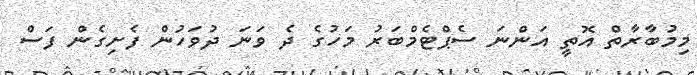
މިމުބާރާތް އޮތީ އަންނަ ސެޕްޓެމްބަރު މަހުގެ ދެ ވަނަ ދުވަހުން ފެށިގެން ފަސް